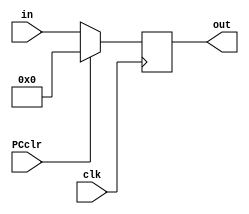
module PC(clk,out,in,PCclr);
	input wire [31:0] in;
	input clk,PCclr;
	output[31:0] out;
	reg[31:0] out;
	always @(negedge clk)
		#1 begin
			if(PCclr)
				out=0;
			else
				out=in;
		end
endmodule